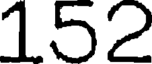
152